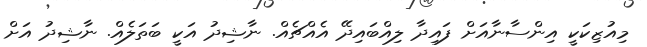
މިއުޒިކަކީ އިންސާނާއަށް ފައިދާ ލިއްބައިދޭ އެއްޗެއް. ނާޝިދު އަކީ ބަތަލެއް. ނާޝިދު އަށް